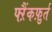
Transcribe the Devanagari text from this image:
फ्ऱैंकफ़ुर्त